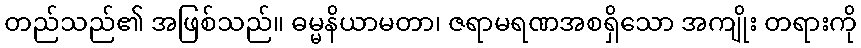
တည်သည်၏ အဖြစ်သည်။ ဓမ္မနိယာမတာ၊ ဇရာမရဏအစရှိသော အကျိုး တရားကို